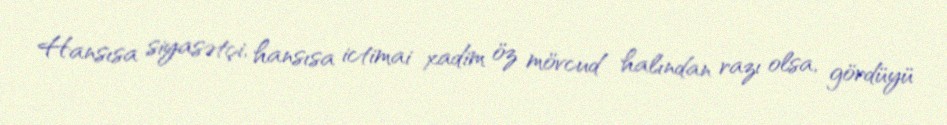
Hansısa siyasətçi, hansısa ictimai xadim öz mövcud halından razı olsa, gördüyü